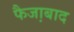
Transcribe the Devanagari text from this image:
फैजा़बाद